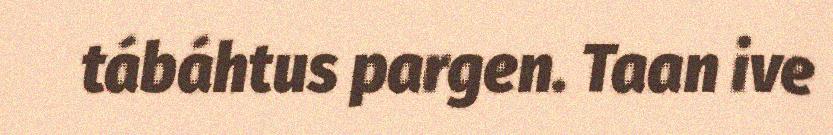
tábáhtus pargen. Taan ive